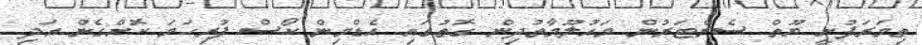
ތިމަރަފުށީ ޔޫތް ސެންޓަރުން މައުލޫމާތުދިން ގޮތުގައި އެޑްމިން ކޯސް ފުރިހަމަ ކޮށްގެން އަދި